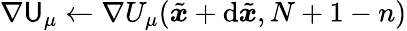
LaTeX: \nabla\mathsf{{U}}_{\mu}\gets\nabla U_{\mu}(\tilde{{\boldsymbol{x}}}+\mathrm{d}\tilde{{\boldsymbol{x}}},N+1-n)